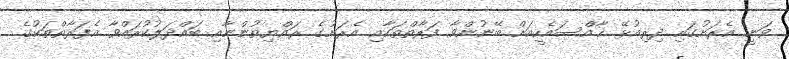
ވަނީ އެރަށުގައި ދިރިއުޅޭ ޚާއްސައެހީއަށް ބޭނުންވާ ފަރާތްތަކާއި އެރަށުގެ ރައްޔިތުންނާއި ބައްދަލުކުރައްވާ އެފަރާތްތަކުގެ